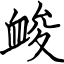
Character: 䘒